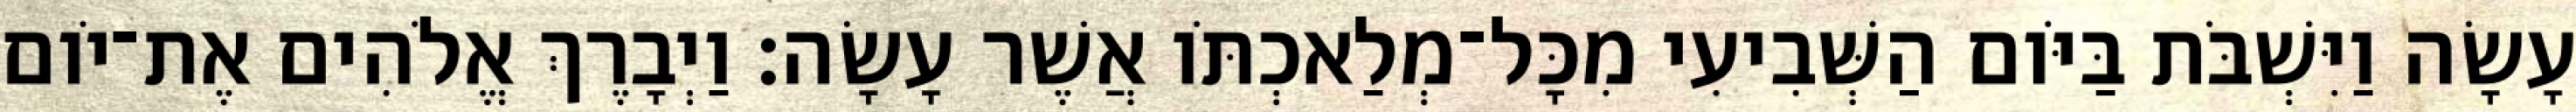
עָשָׂה וַיִּשְׁבֹּת בַּיֹּום הַשְּׁבִיעִי מִכָּל־מְלַאכְתֹּו אֲשֶׁר עָשָׂה׃ וַיְבָרֶךְ אֱלֹהִים אֶת־יֹום